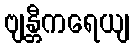
ဗျန္တီကရေယျ